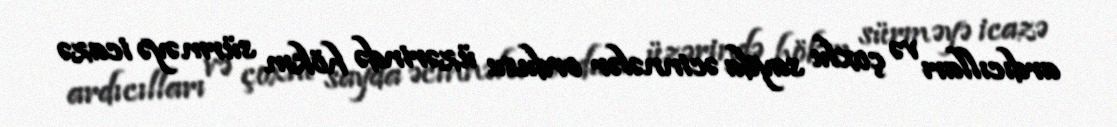
ardıcılları və çoxlu sayda əcinnələr ordusu üzərində hökm sürməyə icazə